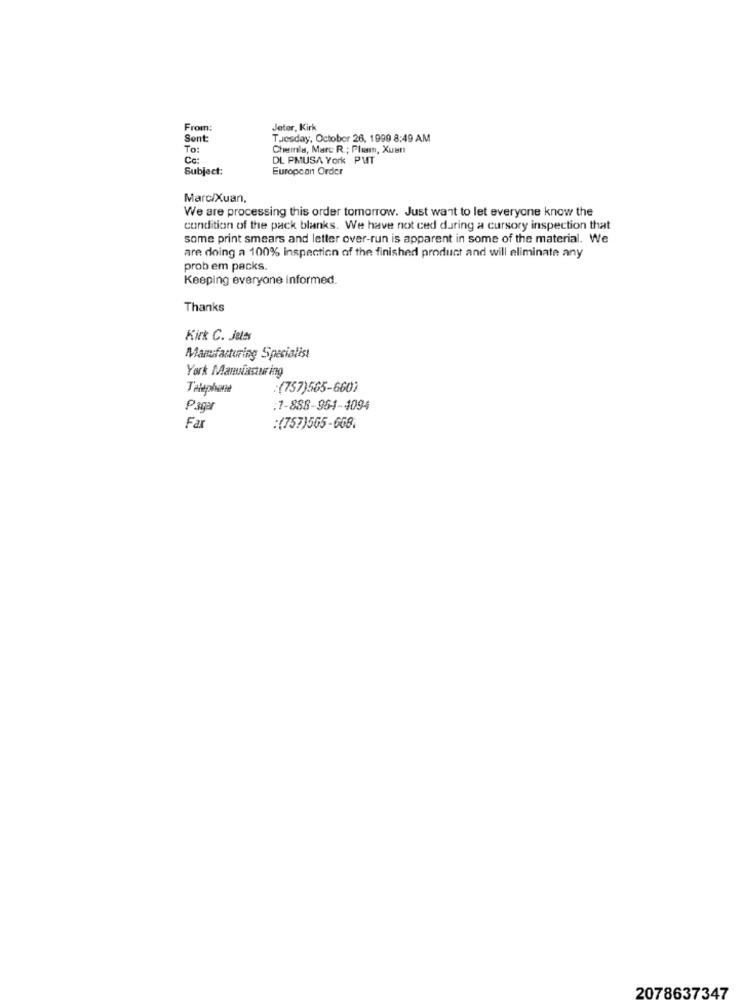
From:
Jeter, Kirk
Sent:
Tuesday, October 26, 1999 8:49 AM
To:
Chemie, Marc R .; Pliam, Xuan
Co:
DL PMUSA York PUT
Subject:
European Order
Marc/Xuan,
We are processing this order tomorrow. Just want to let everyone know the
condition of the pack blanks. We have not ced during a cursory inspection that
some print smears and letter over-run is apparent in some of the material. We
are doing a 100% inspection of the finished product and will eliminate any
prob em packs.
Keeping everyone informed.
Thanks
Kirk C. Jeles
Manufacturing Specialist
York Manufacturing
Telephone
:(757)565-6601
Pagar
:1-888-964-4094
Far
:(757)565-608.
2078637347